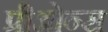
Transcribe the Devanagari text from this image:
प्रीओन्स